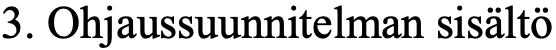
3. Ohjaussuunnitelman sisältö